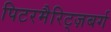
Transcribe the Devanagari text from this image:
पिटरमैरिट्ज़बर्ग